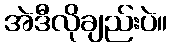
အဲဒီလိုချည်းပဲ။